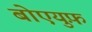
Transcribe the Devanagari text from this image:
बोएयुफ़